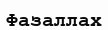
Фазаллах